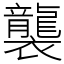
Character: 襲